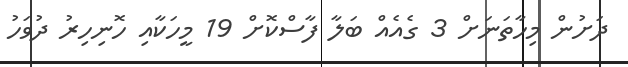
ދަށުން މިހާތަނަށް 3 ގެެއެއް ބަލާ ފާސްކޮށް 19 މީހަކާއި ހޮނިހިރު ދުވަހު